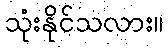
သုံးနိုင်သလား။